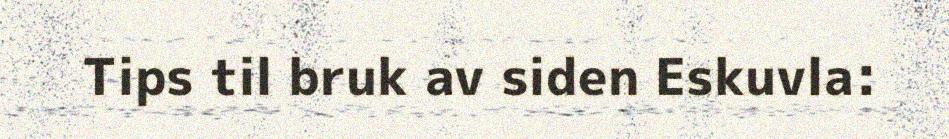
Tips til bruk av siden Eskuvla: